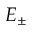
E _ { \pm }